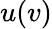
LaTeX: u(v)